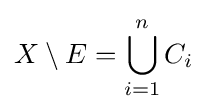
X\setminus E=\bigcup _{i=1}^{n}C_{i}